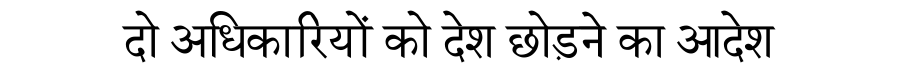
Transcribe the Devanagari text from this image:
दो अधिकारियों को देश छोड़ने का आदेश